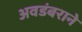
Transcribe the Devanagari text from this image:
अवडंबराने